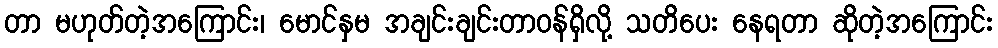
တာ မဟုတ်တဲ့အကြောင်း၊ မောင်နှမ အချင်းချင်းတာဝန်ရှိလို့ သတိပေး နေရတာ ဆိုတဲ့အကြောင်း